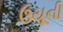
ઉયૂની